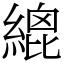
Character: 𦃋